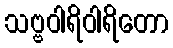
သဗ္ဗဝါရိဝါရိတော